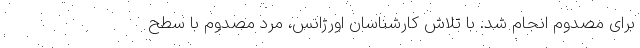
برای مصدوم انجام شد. با تلاش کارشناسان اورژانس، مرد مصدوم با سطح